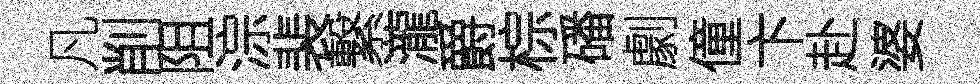
凡削阻淙裴繋瀧爵棕磻劇僮卞赴婆